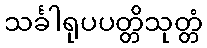
သင်္ခါရုပပတ္တိသုတ္တံ